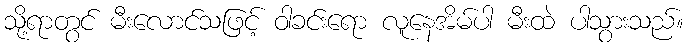
သို့ရာတွင် မီးလောင်သဖြင့် ဝါခင်းရော လူနေအိမ်ပါ မီးထဲ ပါသွားသည်။